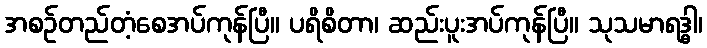
အစဉ်တည်တံ့စေအပ်ကုန်ပြီ။ ပရိစိတာ၊ ဆည်းပူးအပ်ကုန်ပြီ။ သုသမာရဒ္ဓါ၊